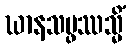
ဃာနသမ္ဖဿသ္မိံ